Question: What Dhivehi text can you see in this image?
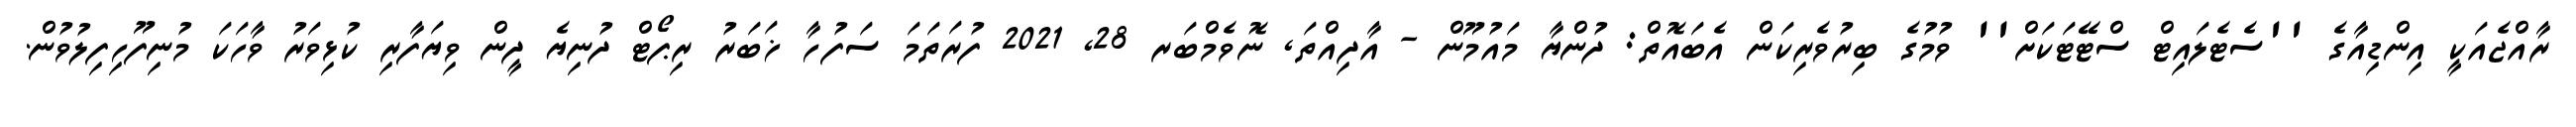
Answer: ރާއްޖެއަކީ އިންޑިއާގެ ''ސެޓެލައިޓް ސްޓޭޓަކަށް'' ވުމުގެ ބިރުވެރިކަން އެބައޮތް: ދުންޔާ މައުމޫން - އާދިއްތަ, ނޮވެމްބަރ 28, 2021 ފުރަތަމަ ސަފުހާ ޚަބަރު ރިޕޯޓް ދުނިޔެ ދީން ވިޔަފާރި ކުޅިވަރު ވާހަކަ މުނިފޫހިފިލުވުން.